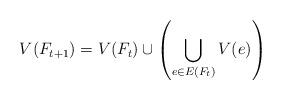
LaTeX: \begin{align*}V(F_{t+1}) = V(F_t) \cup \left( \bigcup_{e \in E(F_t)} V(e) \right)\end{align*}